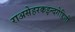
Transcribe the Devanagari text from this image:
राअसेहरकइन्दगेहिणी